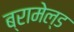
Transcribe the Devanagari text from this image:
ब्रामेल्ड